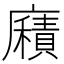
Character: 廭